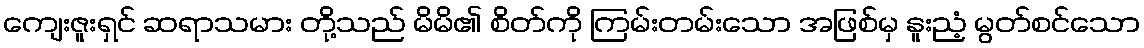
ကျေးဇူးရှင် ဆရာသမား တို့သည် မိမိ၏ စိတ်ကို ကြမ်းတမ်းသော အဖြစ်မှ နူးညံ့ မွတ်စင်သော